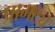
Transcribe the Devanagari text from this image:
प्रागट्य